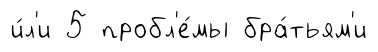
и́л'и 5 пробл'е́мы бра́тьям'и